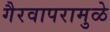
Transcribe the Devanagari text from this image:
गैरवापरामुळे